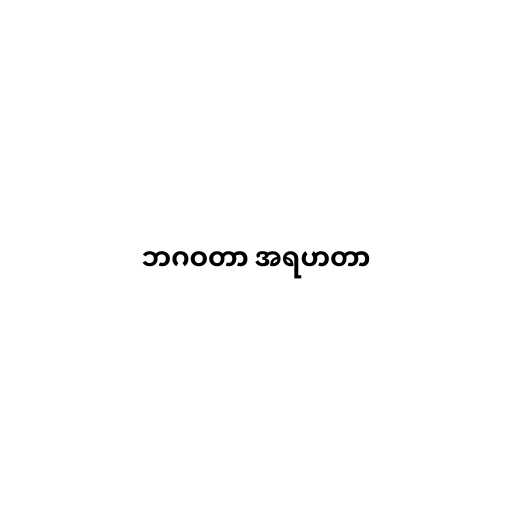
ဘဂဝတာ အရဟတာ